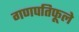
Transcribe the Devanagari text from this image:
गणपतिफूले